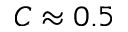
C \approx 0 . 5